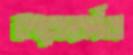
কংগ্রেসকর্মীরা